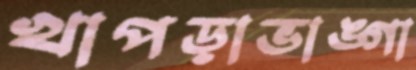
খাপড়াভাঙ্গা